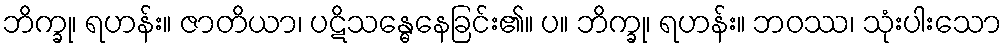
ဘိက္ခု၊ ရဟန်း။ ဇာတိယာ၊ ပဋိသန္ဓေနေခြင်း၏။ ပ။ ဘိက္ခု၊ ရဟန်း။ ဘဝဿ၊ သုံးပါးသော